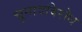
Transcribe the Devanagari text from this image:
चुनावविरोध